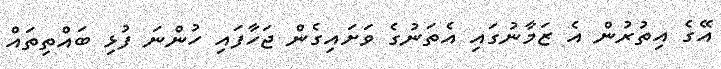
އޭގެ އިތުރުން އެ ޒަމާނުގައި އެތަނުގެ ވަށައިގެން ޖަހާފައި ހުންނަ ފުޅި ބައްތިތައް